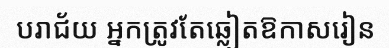
បរាជ័យ អ្នកត្រូវតែឆ្លៀតឱកាសរៀន